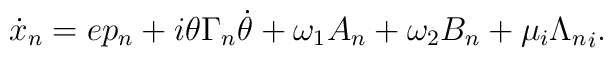
\dot x_n=ep_n+i\theta\Gamma_n\dot\theta+\omega_1A_n+\omega_2B_n+\mu_i{\Lambda_n}_i.